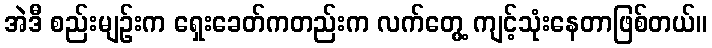
အဲဒီ စည်းမျဉ်းက ရှေးခေတ်ကတည်းက လက်တွေ့ ကျင့်သုံးနေတာဖြစ်တယ်။